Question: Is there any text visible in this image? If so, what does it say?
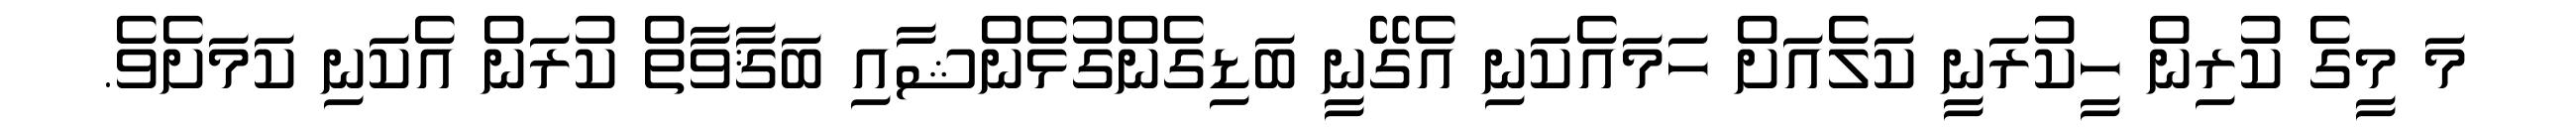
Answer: މަ މީގެ ކުރިން ހީކުރަނީ ކަލެއަށް ހަމައެކަނި އެގޭނީ ބަޑިގެންގުޅެންޝާއި ބަޤާވާތް ކުރަން އެކަނި ކަމަށެވެ.